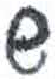
אות: ש